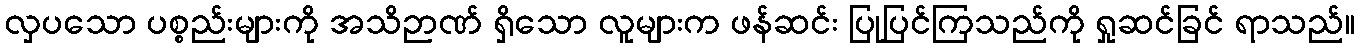
လှပသော ပစ္စည်းများကို အသိဉာဏ် ရှိသော လူများက ဖန်ဆင်း ပြုပြင်ကြသည်ကို ရှုဆင်ခြင် ရာသည်။